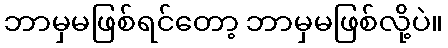
ဘာမှမဖြစ်ရင်တော့ ဘာမှမဖြစ်လို့ပဲ။